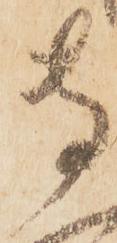
専